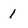
Character: 1